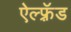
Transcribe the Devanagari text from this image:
ऐल्फ़्रॅड